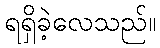
ရရှိခဲ့လေသည်။